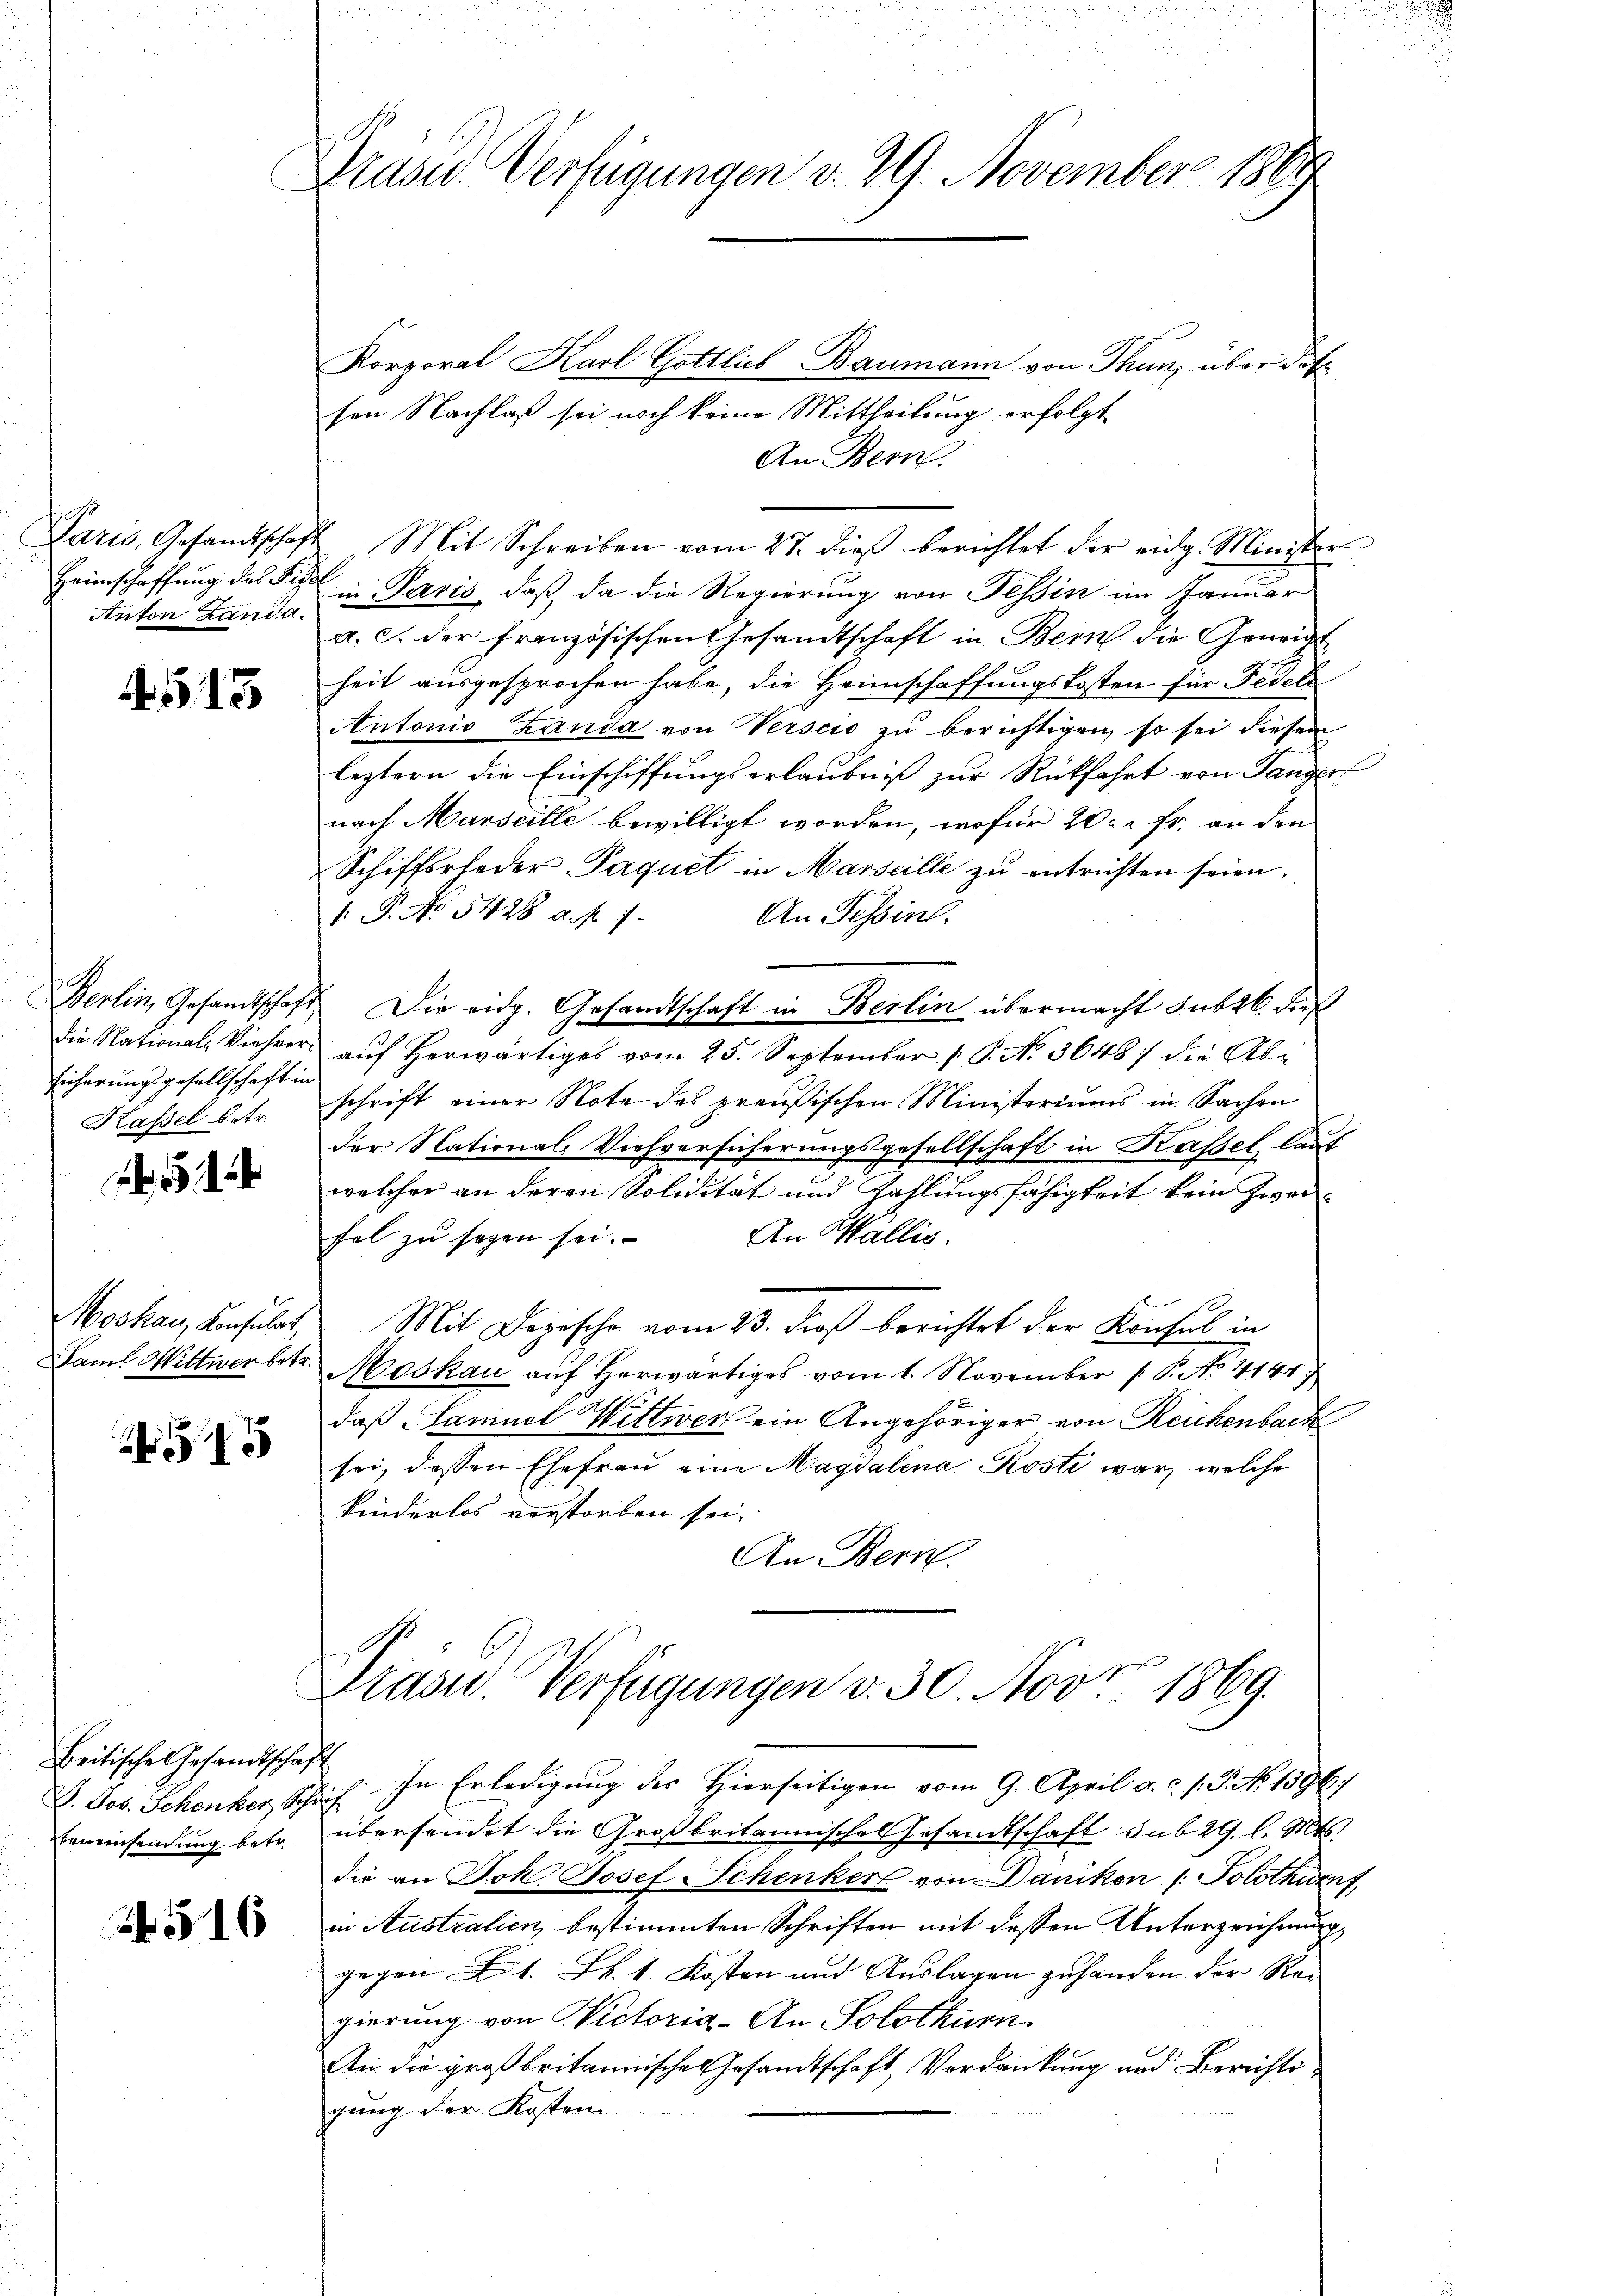
Paris, Gesandtschaf
Heimschaffung des Fig
Anton Landa.

513

Eicherungsgesellschaft in
Kassel betr.

Moskau, Konsulat
Daml Wittwer betr.

15

Britische Gesandtschaft
G. Jos. Schenker, Sp
bemeinsendung betr.

51

Prasid. Verfügungen v. 29. November 1867.

Korporal Karl Gottlieb Baumann von Thun, über des
sen Nachlaß sei noch keine Mittheilung erfolgt
An Bern.
4 Mit Schreiben vom 27. dieβ berichtet der eidg. Minister-
in Paris, daß da die Regierung von Tessin im Januar
a. c. der französischen Gesandtschaft in Bern die Geneigt
heit ausgesprochen habe, die Heimschaffungskosten für Fedele
Antonio Zanda von Verscio zu berichtigen, so sei diesen
leztern die Einschiffungserlaubniß zur Rückfahrt von Ganger
nach Marseille bewilligt worden, wofür 20 c. fr. an den
Schiffsrfoder Paquet in Marseille zu entrichten seien.
.P. No 5428 a. f. 7
An Tessin.
Berlin, Gesandtschaft. Die eidg. Gesandtschaft in Berlin übermacht sub 26. dieß
die National-Viehrer auf herwärtiges vom 25. September 1 P. No. 3648) die Abschrift einer Note des preußischen Ministoriums in Sachen
der National Viehversicherungsgesellschaft in Kassel, laut
welcher an deren Solidität und Zahlungsfähigkeit kein Zwei¬
An Wallis.
fel zu sezen sei.
Mit Depesche vom 23. dieß berichtet der Konsul in
 Moskau auf herwärtiges vom 1. November 1 P. No. 414
daß Samuel Wittwer ein Angehöriger von Reichenbach
sei, dessen Ehefrau eine Magdalena Kosti war, welche
kinderlos vorstorben sei.
An Bern.
Präsid.. Verfügungen v. 30. Nov. 1869.
.h. In Erledigung des Hierseitigen vom 9. April a. c. s. S. No. 1396.
übersendet die Großbritannisches Gesandtschaft sub 29. l. Mts.
die an Joh. Josef Schenker von Dänikon (: Solothurnt,
in Australien bestimmten Schriften mit dessen Unterzeichnung,
gegen 1. k. 1. Kosten und Auslagen zuhanden der Regierung von Victoria - An Solothurn
An die großbritannische Gesandtschaft Verdankung und Berichtigung der Kosten.